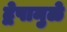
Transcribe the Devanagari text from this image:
द्वेषामुळे